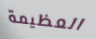
العظيمة